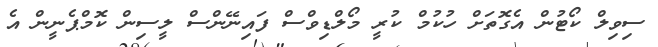
ސިވިލް ކޯޓުން އެގޮތަށް ހުކުމް ކުރީ މޯލްޑިވްސް ފައިނޭންސް ލީސިން ކޮމްޕެނީން އެ